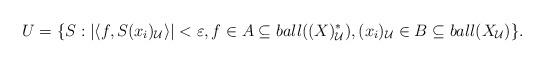
LaTeX: \begin{align*}U=\lbrace S : |\langle f, S(x_i)_\mathcal{U}\rangle |<\varepsilon ,f\in A\subseteq ball((X)_\mathcal{U}^*), (x_i)_\mathcal{U}\in B\subseteq ball(X_\mathcal{U})\rbrace.\end{align*}